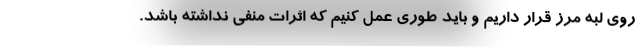
روی لبه مرز قرار داریم و باید طوری عمل کنیم که اثرات منفی نداشته باشد.